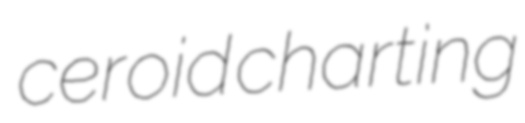
ceroid charting